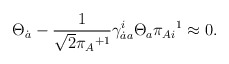
\begin{align*}\Theta_{\dot a}-\frac 1{\sqrt{2}{\pi_A}^{+1}}\gamma^i_{\dot aa}\Theta_a\pi_{Ai}{}^1\approx0.\end{align*}